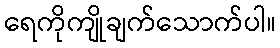
ရေကိုကျိုချက်သောက်ပါ။